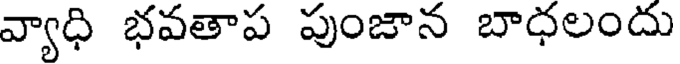
వ్యాధి భవతాప పుంజాన బాధలందు